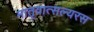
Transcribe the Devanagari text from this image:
मातृवात्सल्यरस